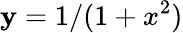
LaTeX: \mathbf{y}=1/(1+x^{2})